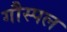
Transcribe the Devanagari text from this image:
गौस्पल